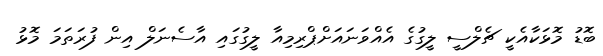
ބޮޑު މޮޅަކާއެކީ ޗެލްސީ ލީގުގެ އެއްވަނައަށްޕްރިމިއާ ލީގުގައި އާސެނަލް އިން ފުރަތަމަ މޮޅު